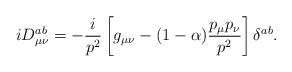
LaTeX: \begin{align*}iD_{\mu\nu}^{ab} =-\frac i{p^2} \left[g_{\mu\nu}-(1-\alpha)\frac{p_\mu p_\nu}{p^2}\right]\delta^{ab} .\end{align*}